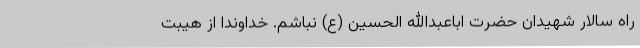
راه سالار شهیدان حضرت اباعبدالله الحسین (ع) نباشم. خداوندا از هیبت